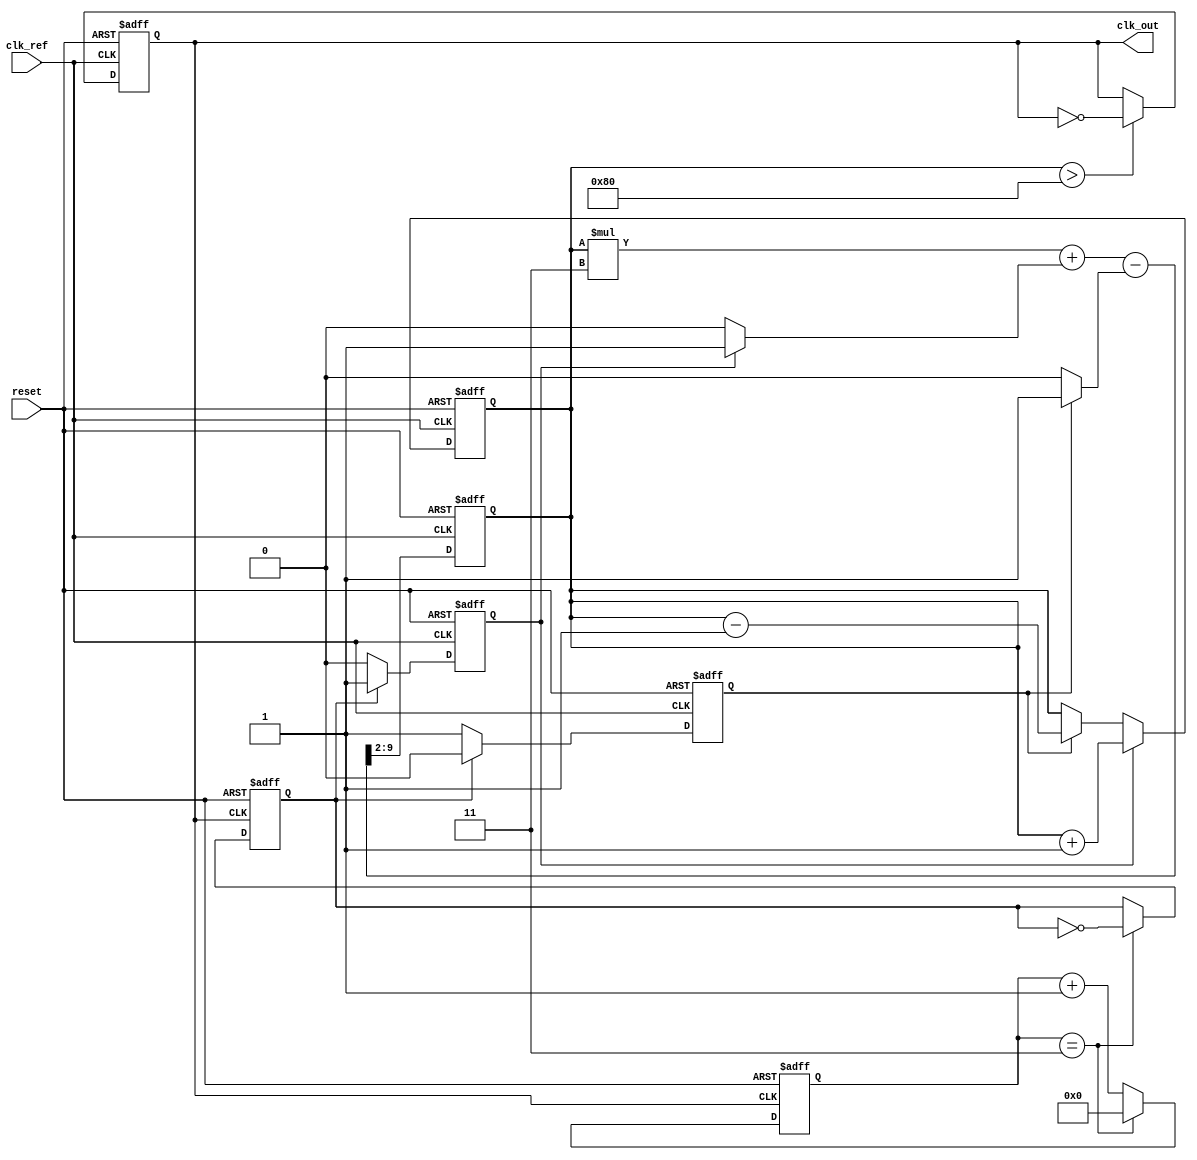
module CP_PLL (
    input wire clk_ref,         // Reference clock input
    input wire reset,           // Reset signal
    output wire clk_out         // Output clock from VCO
);

// Parameters
parameter I_UP = 1;           // Charge pump UP current
parameter I_DOWN = 1;         // Charge pump DOWN current
parameter DIV_FACTOR = 4;     // Divider factor for feedback

// Internal signals
reg [7:0] control_voltage;     // Control voltage for VCO
reg vco_output;                // VCO output
reg [3:0] divider_count;       // Divider counter
reg feedback_clk;              // Feedback clock signal
reg up_signal, down_signal;    // Signals from Phase Detector

// Phase Detector
always @(posedge clk_ref or posedge reset) begin
    if (reset) begin
        up_signal <= 0;
        down_signal <= 0;
    end else begin
        // Simple phase detection logic (for demonstration)
        if (feedback_clk) begin
            up_signal <= 1;    // Feedback clock leads reference
            down_signal <= 0;
        end else begin
            up_signal <= 0;
            down_signal <= 1;  // Reference clock leads feedback
        end
    end
end

// Charge Pump
always @(posedge clk_ref or posedge reset) begin
    if (reset) begin
        control_voltage <= 8'b0; // Reset control voltage
    end else begin
        if (up_signal) begin
            control_voltage <= control_voltage + I_UP; // Increase voltage
        end else if (down_signal) begin
            control_voltage <= control_voltage - I_DOWN; // Decrease voltage
        end
    end
end

// Loop Filter (Simple RC filter model)
always @(posedge clk_ref or posedge reset) begin
    if (reset) begin
        control_voltage <= 8'b0; // Reset control voltage
    end else begin
        // Implement a simple low-pass filter (for demonstration)
        control_voltage <= (control_voltage * 3 + (up_signal ? I_UP : 0) - (down_signal ? I_DOWN : 0)) >> 2;
    end
end

// Voltage-Controlled Oscillator (VCO)
always @(posedge clk_ref or posedge reset) begin
    if (reset) begin
        vco_output <= 0; // Reset VCO output
    end else begin
        // Simple VCO model: output frequency based on control voltage
        if (control_voltage > 128) begin
            vco_output <= ~vco_output; // Toggle output for demonstration
        end
    end
end

// Feedback Divider
always @(posedge vco_output or posedge reset) begin
    if (reset) begin
        divider_count <= 0; // Reset divider count
        feedback_clk <= 0;  // Reset feedback clock
    end else begin
        if (divider_count == DIV_FACTOR - 1) begin
            feedback_clk <= ~feedback_clk; // Toggle feedback clock
            divider_count <= 0; // Reset counter
        end else begin
            divider_count <= divider_count + 1; // Increment counter
        end
    end
end

// Output clock
assign clk_out = vco_output;

endmodule